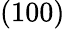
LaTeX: (100)